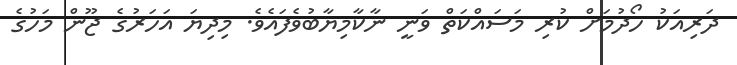
ދަރިއަކު ހޯދުމަށް ކުރި މަސައްކަތް ވަނީ ނާކާމިޔާބުވެފައެވެ. މިދިޔަ އަހަރުގެ ޖޫން މަހުގެ